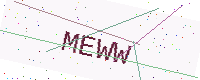
Text: MEWW